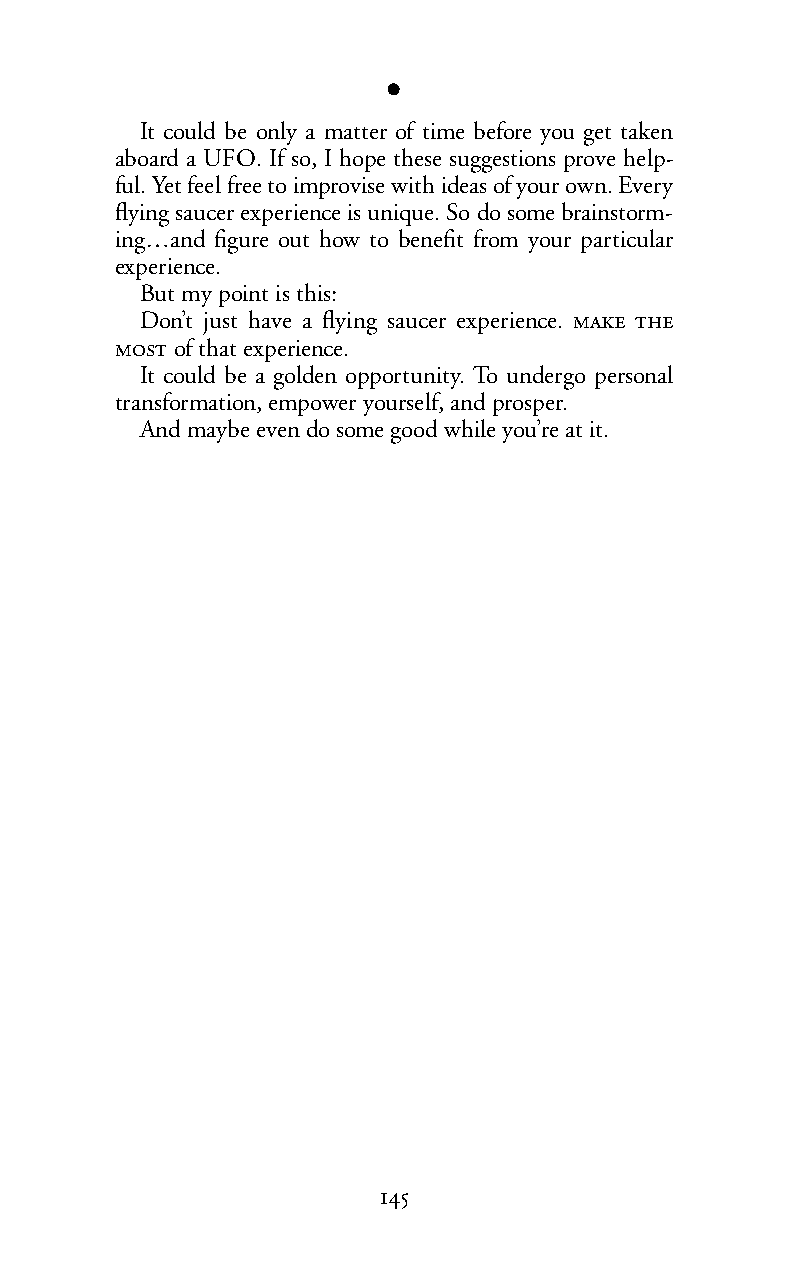
l
 It could be only a matter of time before you get taken
 aboard a UFO. If so, I hope these suggestions prove help-
 ful. Yet feel free to improvise with ideas of your own. Every
 flying saucer experience is unique. So do some brainstorm-
 ing…and figure out how to benefit from your particular
 experience.
 But my point is this:
 Don’t just have a flying saucer experience.  
  of that experience.
 It could be a golden opportunity. To undergo personal
 transformation, empower yourself, and prosper.
 And maybe even do some good while you’re at it.
 